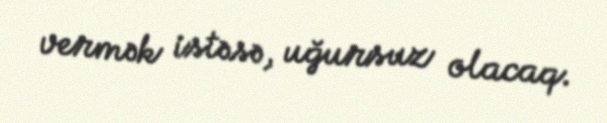
vermək istəsə, uğursuz olacaq.